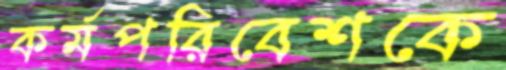
কর্মপরিবেশকে